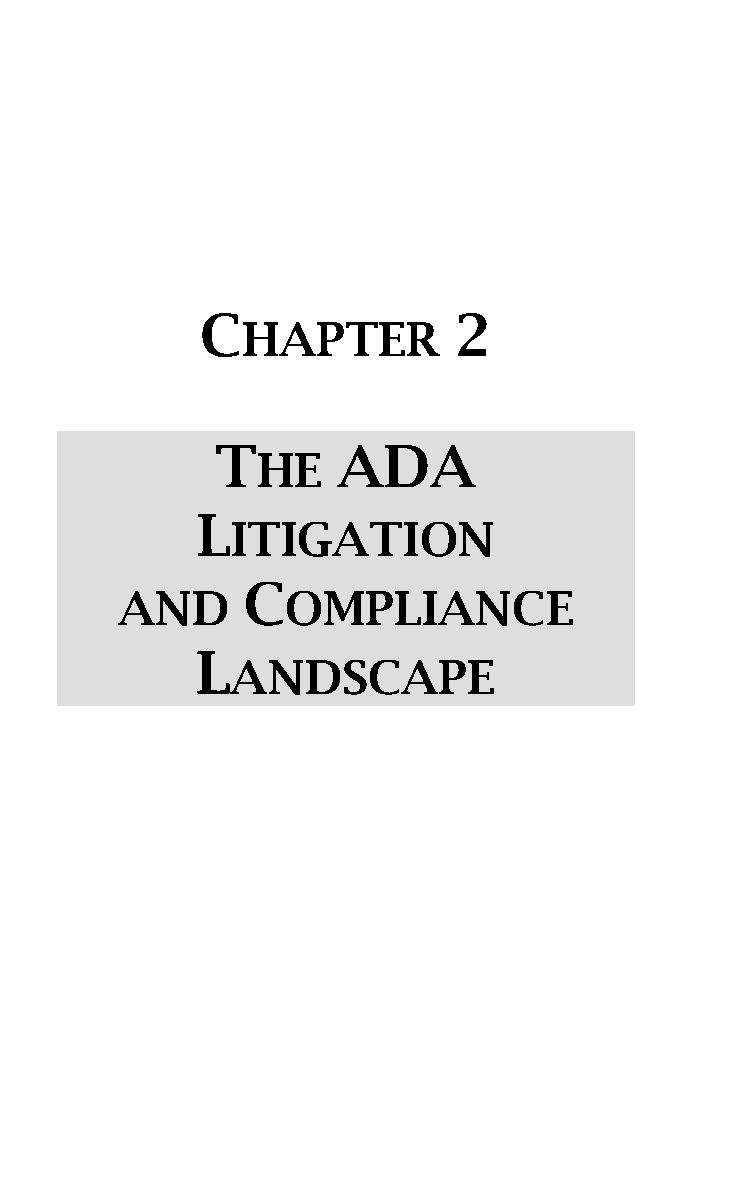
C                2
 HAPTER
 T       ADA
 HE
 L
 ITIGATION
 C
 AND        OMPLIANCE
 L
 ANDSCAPE